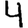
Digit: 4